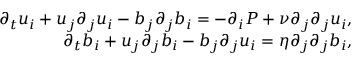
\begin{array} { r } { \partial _ { t } u _ { i } + u _ { j } \partial _ { j } u _ { i } - b _ { j } \partial _ { j } b _ { i } = - \partial _ { i } P + \nu \partial _ { j } \partial _ { j } u _ { i } , } \\ { \partial _ { t } b _ { i } + u _ { j } \partial _ { j } b _ { i } - b _ { j } \partial _ { j } u _ { i } = \eta \partial _ { j } \partial _ { j } b _ { i } , } \end{array}